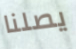
يصلنا